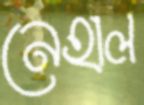
নেহাল